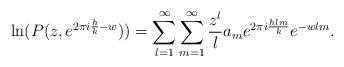
LaTeX: \begin{align*} \ln(P(z,e^{2\pi i\frac{h}{k} -w} )) = \sum_{l=1}^\infty \sum_{m=1}^\infty \frac{z^l}{l} a_m e^{2\pi i \frac{hlm}{k}} e^{-w lm}. \end{align*}